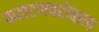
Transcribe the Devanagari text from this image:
फलटणबरोबरच